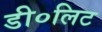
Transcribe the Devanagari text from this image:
डी०लिट